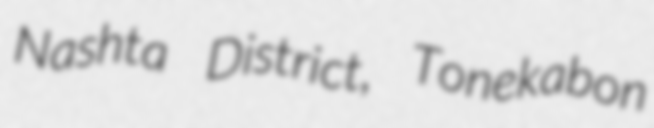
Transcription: Nashta District, Tonekabon